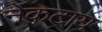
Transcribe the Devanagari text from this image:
नेकटाय